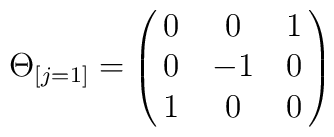
\Theta_{[j=1]} = \pmatrix{0&0&1\cr0&-1&0\cr 1&0&0\cr}